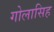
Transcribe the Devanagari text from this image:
गोलासिह